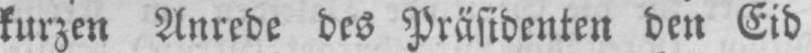
kurzen Anrede des Präsidenten den Eid